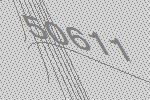
50611